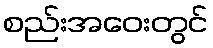
စည်းအဝေးတွင်